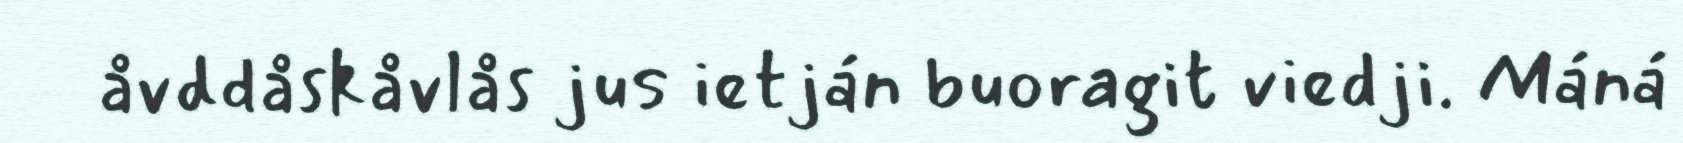
åvddåskåvlås jus ietján buoragit viedji. Máná